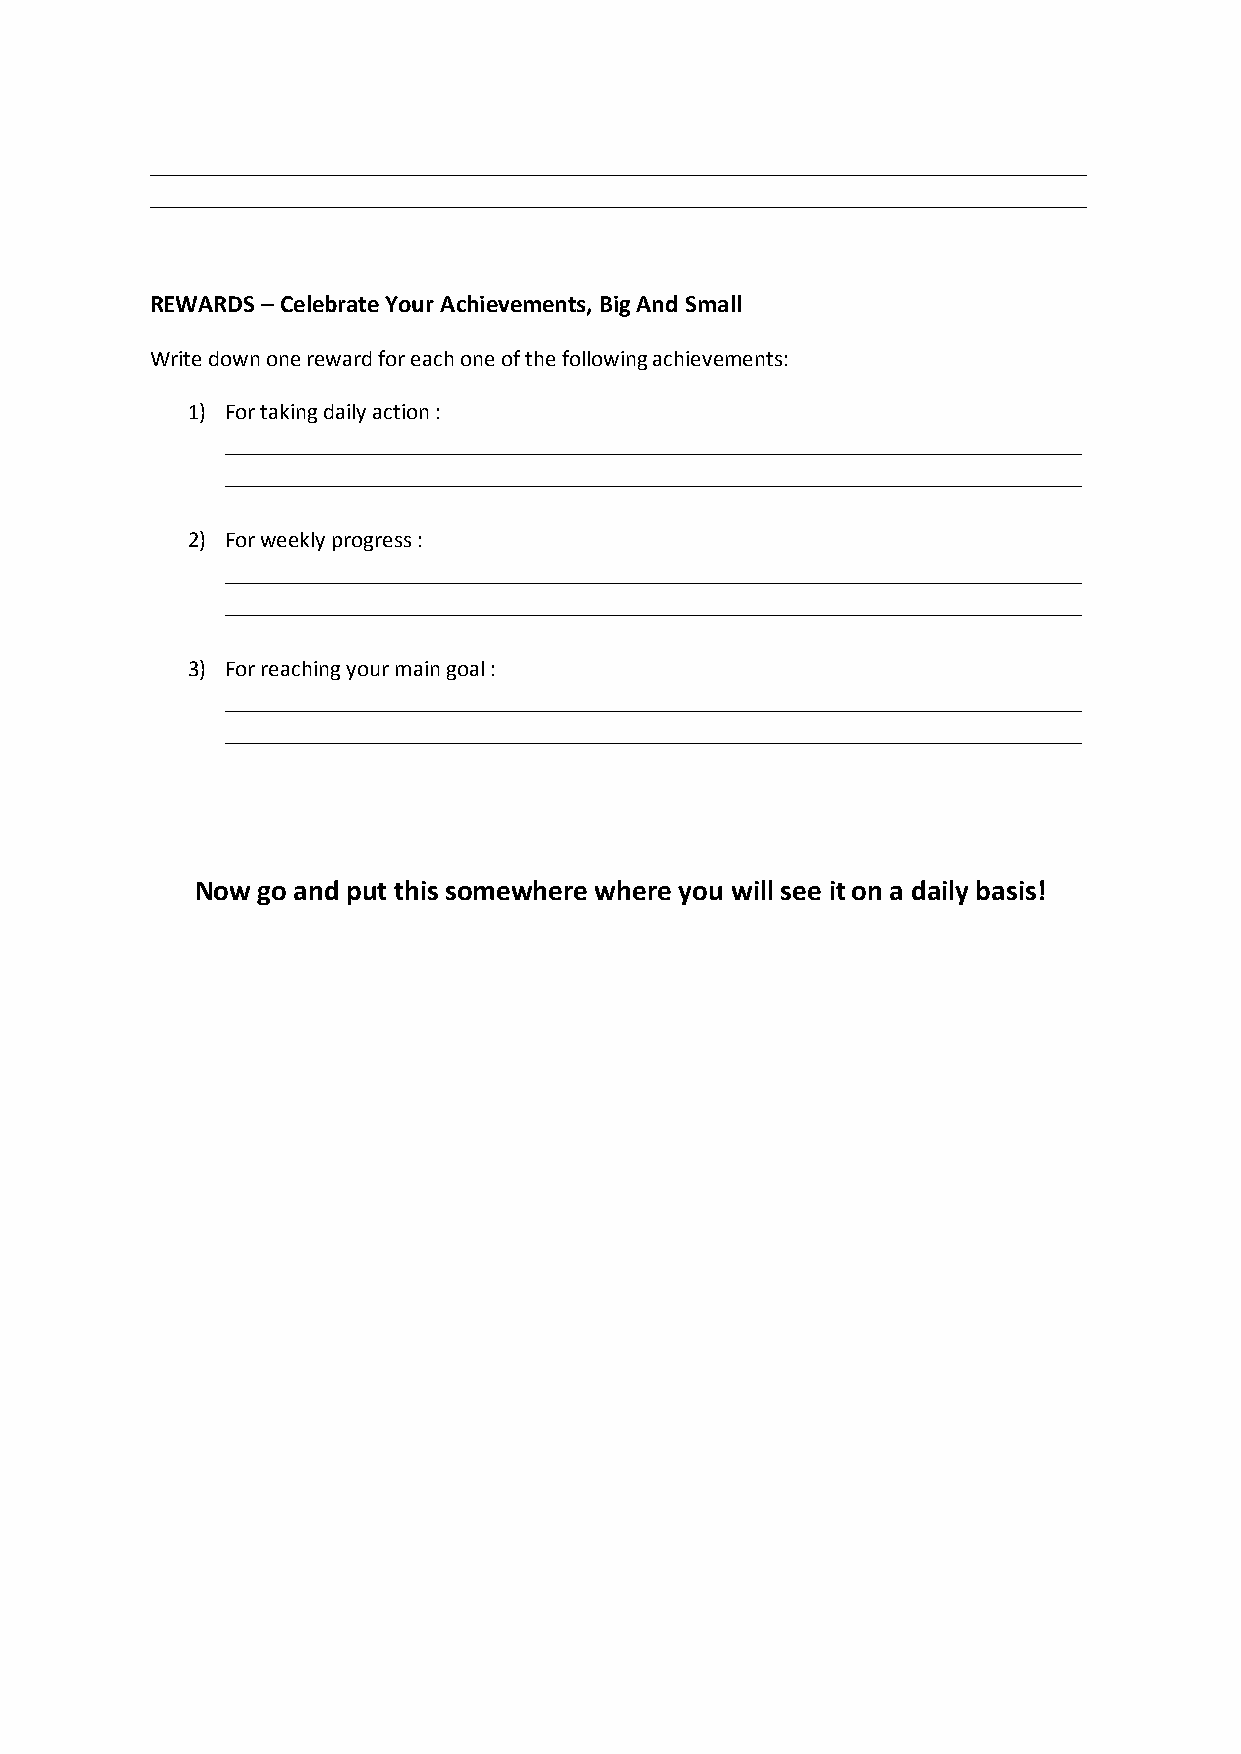
__________________________________________________________________________________
 __________________________________________________________________________________
 REWARDS – Celebrate Your Achievements, Big And Small
 Write down one reward for each one of the following achievements:
 1) For taking daily action :
 ___________________________________________________________________________
 ___________________________________________________________________________
 2) For weekly progress :
 ___________________________________________________________________________
 ___________________________________________________________________________
 3) For reaching your main goal :
 ___________________________________________________________________________
 ___________________________________________________________________________
 Now go and put this somewhere where you will see it on a daily basis!